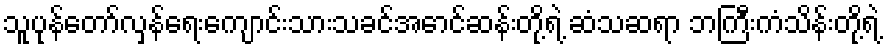
သူပုန်တော်လှန်ရေးကျောင်းသားသခင်အောင်ဆန်းတို့ရဲ့ ဆံသဆရာ ဘကြီးကံသိန်းတို့ရဲ့